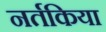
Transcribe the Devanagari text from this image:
नर्तकिया